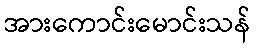
အားကောင်းမောင်းသန်